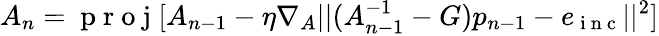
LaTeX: A_{n}=\mathrm{~p~r~o~j~}[A_{n-1}-\eta\nabla_{A}||(A_{n-1}^{-1}-G)p_{n-1}-e_{\mathrm{~i~n~c~}}||^{2}]